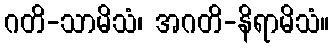
ဂတိ-သာမိသံ၊ အဂတိ-နိရာမိသံ။